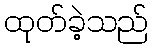
ထုတ်ခဲ့သည်